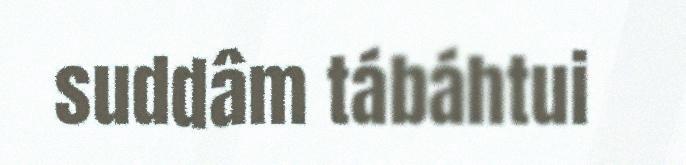
suddâm tábáhtui